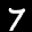
Label: 7